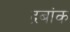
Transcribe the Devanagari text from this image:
द्रबांक